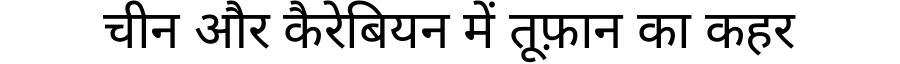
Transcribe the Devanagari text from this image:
चीन और कैरेबियन में तूफ़ान का कहर